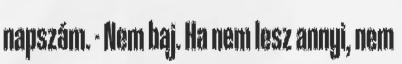
napszám. - Nem baj. Ha nem lesz annyi, nem